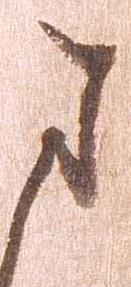
ま